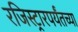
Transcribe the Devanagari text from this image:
रजिस्ट्रारपर्यंतच्या